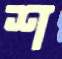
শ